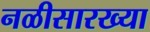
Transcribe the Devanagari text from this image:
नळीसारख्या